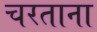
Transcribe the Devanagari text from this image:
चरताना